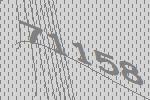
71158